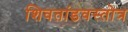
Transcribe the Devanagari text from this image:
शिवतांडवस्तोत्र